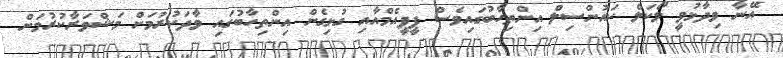
އޭނާ ވިދާޅުވީ ލޯކަލް ކައުންސިލް އިންތިހާބުގައިވެސް ޕީޕީއެމްއާއި ގުޅިގެން އިންތިހާބުގައި ވާދަކުރުމަށް މަޝްވަރާކުރުމަށް